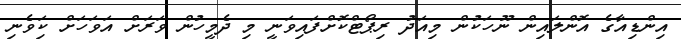
އިންޑިއާގެ އޮންލައިން ނޫހަކުން މިއަދު ރިޕޯޓްކޮށްފައިވަނީ މި ދެމީހުން ވަރަށް އަވަހަށް ކަިވެނި